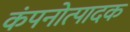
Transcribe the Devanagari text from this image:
कंपनोत्पादक